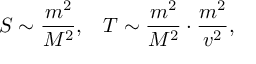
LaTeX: S \sim { \frac { m ^ { 2 } } { M ^ { 2 } } } , \, \, \, \, \, T \sim { \frac { m ^ { 2 } } { M ^ { 2 } } } \cdot { \frac { m ^ { 2 } } { v ^ { 2 } } } ,